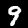
Digit: 9